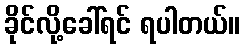
ခိုင်လို့ခေါ်ရင် ရပါတယ်။